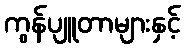
ကွန်ပျူတာများနှင့်